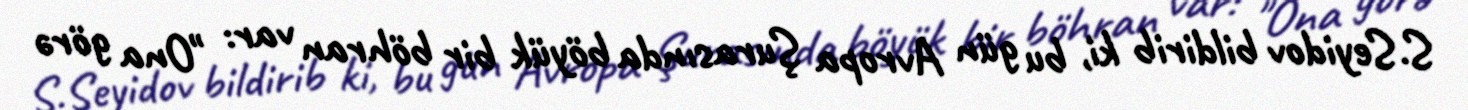
S.Seyidov bildirib ki, bu gün Avropa Şurasında böyük bir böhran var: "Ona görə